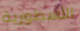
الأسطورية